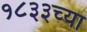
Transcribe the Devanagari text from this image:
१८३३च्या